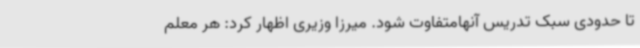
تا حدودی سبک تدریس آنهامتفاوت شود. میرزا وزیری اظهار کرد: هر معلم